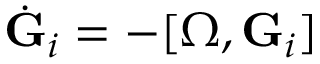
\dot { \bf G } _ { i } = - [ { \boldsymbol \Omega } , { \bf G } _ { i } ]